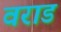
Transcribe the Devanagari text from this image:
वराड